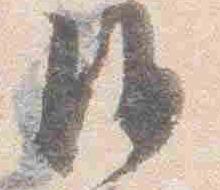
沙